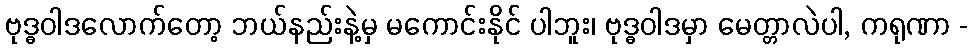
ဗုဒ္ဓဝါဒလောက်တော့ ဘယ်နည်းနဲ့မှ မကောင်းနိုင် ပါဘူး၊ ဗုဒ္ဓဝါဒမှာ မေတ္တာလဲပါ, ကရုဏာ -